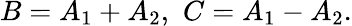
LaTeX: B=A_{1}+A_{2},\thinspace\thinspace C=A_{1}-A_{2}.